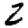
Digit: 2